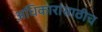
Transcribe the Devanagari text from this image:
अधिकारांसाठीच